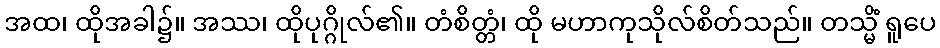
အထ၊ ထိုအခါ၌။ အဿ၊ ထိုပုဂ္ဂိုလ်၏။ တံစိတ္တံ၊ ထို မဟာကုသိုလ်စိတ်သည်။ တသ္မိံ ရူပေ